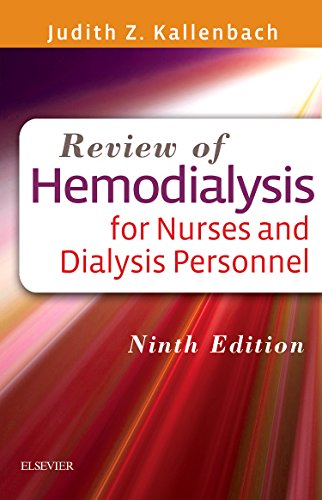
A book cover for Review of Hemodialysis for Nurses and Dialysis Personnel, 9e; Judith Z. Kallenbach MSN  RN  CNN; Medical Books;